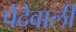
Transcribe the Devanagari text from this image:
पेंदेवाली